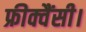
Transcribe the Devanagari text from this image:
फ्रीक्वैंसी।